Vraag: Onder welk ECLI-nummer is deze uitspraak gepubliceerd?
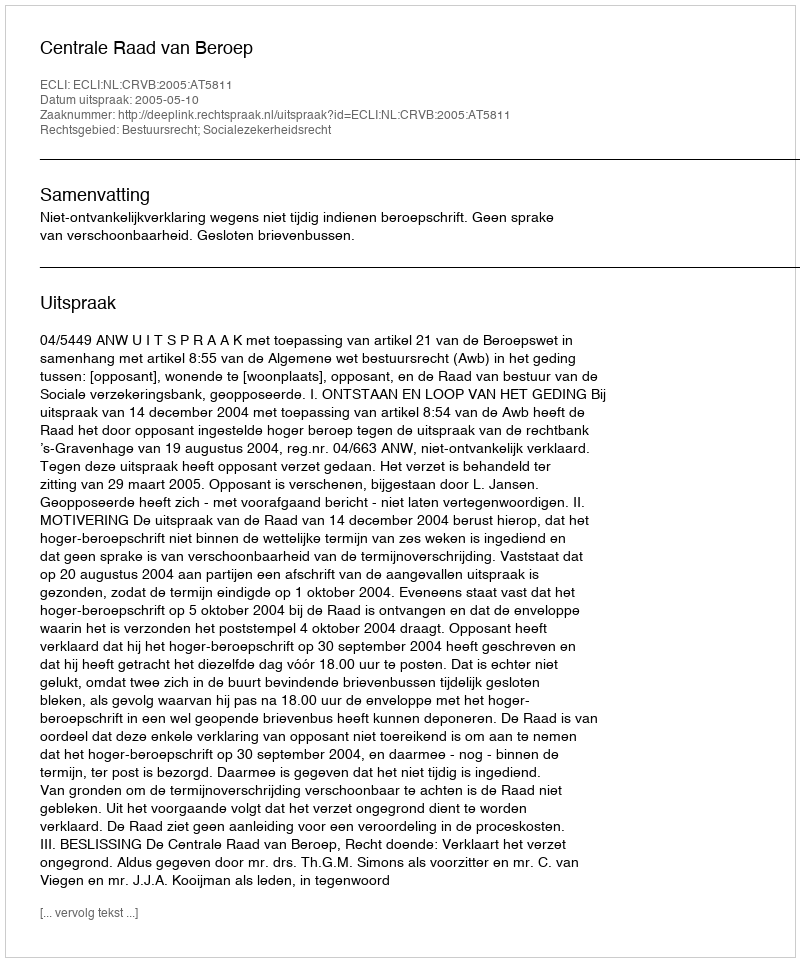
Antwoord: ECLI:NL:CRVB:2005:AT5811